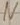
Text: N